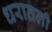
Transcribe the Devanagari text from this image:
धरातली